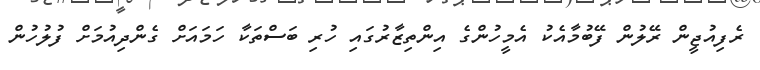
ރެފިއުޖީން ރޭލުން ފޭބުމާއެކު އެމީހުންގެ އިންތިޒާރުގައި ހުރި ބަސްތަކާ ހަމައަށް ގެންދިއުމަށް ފުލުހުން